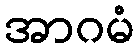
အာဂမံ